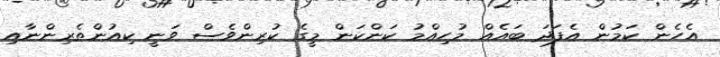
އެހެން ކަމުން އެފަދަ ބައެއް މުހިއްމު ކަންކަން މީގެ ކުރިންވެސް ވަނީ ކިއުންތެރިންނާއި